Report on vaccination in Madras 1895-1903 - 1895-1903
Year: 1895
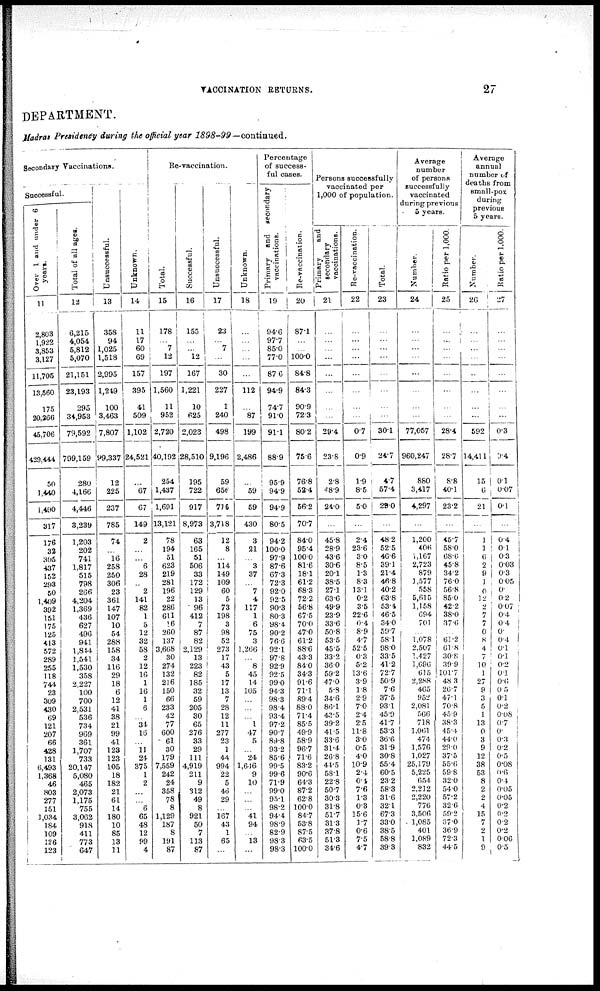
VACCINATION RETURNS.
27
DEPARTMENT.
Madras Presidency during the official year
1898-99—continued.
Secondary Vaccinations.
Successful.
Over 1 and under 6
years.
11
2,803
1,922
3,853
3,127
11,705
13,560
175
20,266
45,706
429,444
50
1,440
1,490
317
176
32
305
437
152
293
50
1,409
392
151
175
125
413
572
289
255
118
744
23
309
430
69
121
207
66
428
131
6,493
1,368
46
803
277
151
1,034
184
109
126
123
Total of all ages.
12
6,215
4,054
5,812
5,070
21,151
23,193
295
34,953
79,592
799,159
280
4,166
4,446
3,239
1,203
202
741
1,817
515
798
266
4,204
1,369
436
627
496
941
1,844
1,541
1,530
358
2,227
100
700
2,531
536
734
969
361
1,707
733
20,147
5,080
465
2,073
1,175
755
3,062
918
411
773
647
Unsuccessful.
13
358
94
1,025
1,518
2,995
1,219
100
3,463
7,807
99,337
12
225
237
785
74
...
16
258
250
306
23
361
147
107
10
54
288
158
34
116
29
18
6
12
41
38
21
99
41
123
123
105
18
182
21
61
14
180
10
85
13
11
Unknown.
14
11
17
60
69
157
395
41
509
1,102
24,521
...
67
67
149
2
...
...
6
28
...
2
141
82
1
5
12
32
58
2
12
16
1
16
1
6
...
34
16
...
11
24
375
1
2
...
...
6
65
48
12
99
4
Re-vaccination.
Total.
15
178
...
7
12
197
1,560
11
952
2,720
40,192
254
1,437
1,691
13,121
78
194
51
623
219
281
196
22
286
611
16
260
137
3,668
30
274
132
216
150
66
233
42
77
600
61
30
179
7,559
242
24
358
78
8
1,129
187
8
191
87
Successful.
16
155
...
...
12
167
1,221
10
625
2,023
28,510
195
722
917
8,973
63
165
51
506
33
172
129
13
96
412
7
87
82
2,129
13
223
82
185
32
59
205
30
65
276
33
29
111
4,919
211
9
312
49
8
921
50
7
113
87
Unsuccessful.
17
23
...
7
...
30
227
1
240
498
9,196
59
656
715
3,718
12
8
...
114
149
109
60
5
73
198
3
98
52
273
17
43
5
17
13
7
28
12
11
277
23
1
44
994
22
5
46
29
...
167
43
1
65
...
Unknown.
18
...
...
...
...
...
112
...
87
199
2,486
...
59
59
430
3
21
...
3
37
...
7
4
117
1
6
75
3
1,266
...
8
45
14
105
...
...
...
1
47
5
...
24
1,616
9
10
...
...
...
41
94
...
13
...
Percentage
of success.
ful cases.
Primary and
secondary
vaccinations.
19
94.6
97.7
85.0
77.0
87.6
94.9
74.7
91.0
91.1
88.9
95.9
94.9
94.9
80.5
94.2
100.0
97.9
87.6
67.3
72.3
92.0
92.5
90.3
80.3
98.4
90.2
76.6
92.1
97.8
92.9
92.5
99.0
94.3
98.3
98.4
93.4
97.2
90.7
89.8
93.2
85.6
99.5
99.6
71.9
99.0
95.1
98.2
94.4
98.9
82.9
98.3
98.3
Re-vaccination.
20
87.1
...
...
100.0
84.8
84.3
90.9
72.3
80.2
75.6
76.8
52.4
56.2
70.7
84.0
95.4
1000
81.6
18.1
61.2
68.3
72.2
56.8
67.5
70.0
47.0
61.2
88.6
43.3
84.0
34.3
91.6
71.1
89.4
88.0
71.4
85.5
49.9
58.9
96.7
71.6
83.2
90.6
64.3
87.2
62.8
1000
84.7
53.8
87.5
63.5
1000
Persons successfully
vaccinated per
1,000 of population.
Primary
and
secondary
vaccinations.
21
...
...
...
...
...
...
...
...
29.4
23.8
2.8
48.9
24.0
...
45.8
28.9
43.6
30.6
20.1
38.5
27.1
63.6
49.9
23.9
33.6
50.8
53.5
45.5
33.2
36.0
59.2
47.0
5.8
34.6
86.1
43.5
39.2
41.5
33.6
31.4
26.8
44.5
58.1
22.8
50.7
30.3
31.8
51.7
31.3
37.8
51.3
34.6
Re-vaccination.
22
...
...
...
...
...
...
...
...
0.7
0.9
1.9
8.5
5.0
...
2.4
23.6
3.0
8.5
1.3
8.3
13.1
0.2
3.5
22.6
0.4
8.9
4.7
52.5
0.3
5.2
13.6
3.9
1.8
2.9
7.0
2.4
2.5
11.8
3.0
0.5
4.0
10.9
2.4
0.4
7.6
1.3
0.3
15.6
1.7
0.6
7.5
4.7
Total.
23
...
...
...
...
...
...
...
...
30.1
24.7
4.7
57.4
29.0
...
48.2
52.5
46.6
39.1
21.4
46.8
40.2
63.8
53.4
46.5
34.0
59.7
58.1
98.0
33.5
41.2
72.7
50.9
7.6
37.5
93.1
45.9
41.7
53.3
36.6
31.9
30.8
554
60.5
23.2
58.3
31.6
32.1
67.3
33.0
38.5
58.8
39.3
Average
number
of persons1
successfully
vaccinated
during previous
5 years.
Number.
24
...
...
...
...
...
...
...
...
77,057
960,247
880
3,417
4,297
...
1,200
406
1,167
2,723
879
1,577
558
5,615
1,158
694
701
...
1,078
2,507
1,427
1,696
615
2,288
465
952
2,081
566
718
1,061
474
1,576
1,027
25,179
5,225
654
2,212
2,220
776
3,506
1,085
401
1,089
832
Ratio per 1,000.
25
...
...
...
...
...
...
...
...
28.4
28.7
8.8
40.1
23.2
...
45.7
58.0
68.6
45.8
34.2
76.0
56.8
85.0
42.2
38.0
37.6
...
61.2
61.8
30.8
39.9
101.7
48.3
26.7
47.1
70.8
45.9
38.3
45.4
44.0
29.0
37.5
55.6
59.8
32.0
54.0
57.2
32.6
59.2
37.0
36.9
72.3
44.5
Average
annual
number of
deaths from
small-pox
during
previous
5 years.
Number.
26
...
...
...
...
...
...
...
...
592
14,411
15
6
21
...
1
1
6
2
9
1
0
12
2
7
7
0
8
4
7
10
1
27
9
3
5
1
13
0
3
9
12
38
53
8
2
2
4
15
7
2
1
9
Ratio per 1,000.
27
...
...
...
...
...
...
...
...
0.3
9.4
0.1
0.07
0.1
...
0.4
0.1
0.3
0.03
0.3
0.05
0.
0.2
0.07
0.4
0.4
0.
0.4
0.1
0.1
0.2
0.1
0.6
0 5
0.1
0.2
0.08
0.7
0.
0.3
02
0.5
0.08
0.6
0.4
0.05
0.05
0.2
0.2
0.2
0.2
0.06
0.5